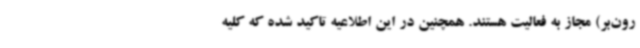
رون‌بر) مجاز به فعالیت هستند. همچنین در این اطلاعیه تاکید شده که کلیه